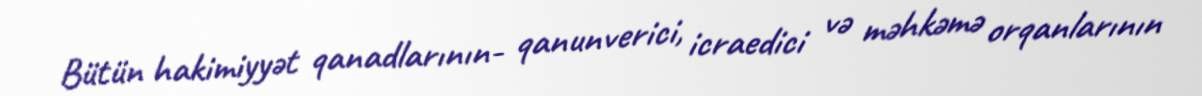
Bütün hakimiyyət qanadlarının- qanunverici, icraedici və məhkəmə orqanlarının